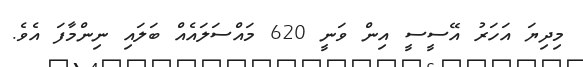
މިދިޔަ އަހަރު އޭސީސީ އިން ވަނީ 620 މައްސަލައެއް ބަލައި ނިންމާފަ އެވެ.